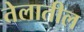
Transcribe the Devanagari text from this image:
तेलातील